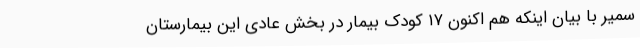
سمیر با بیان اینکه هم اکنون ۱۷ کودک بیمار در بخش عادی این بیمارستان